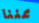
عننا